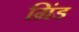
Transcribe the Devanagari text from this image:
ग्रिंड